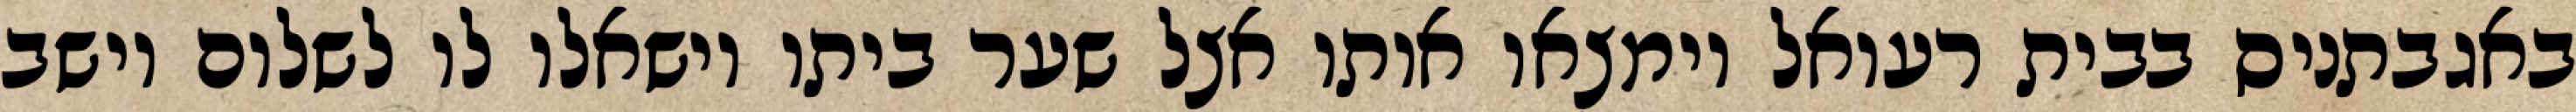
באגבתניס בבית רעואל וימצאו אותו אצל שער ביתו וישאלו לו לשלום וישב